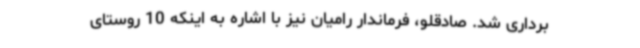
برداری شد. صادقلو، فرماندار رامیان نیز با اشاره به اینکه 10 روستای